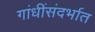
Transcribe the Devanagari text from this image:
गांधींसंदर्भात